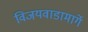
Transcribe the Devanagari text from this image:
विजयवाडामार्गे